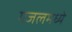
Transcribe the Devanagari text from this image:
गजलमध्ये